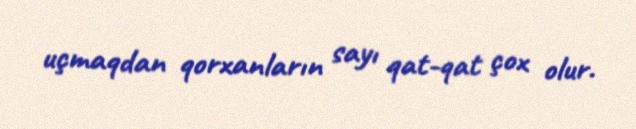
uçmaqdan qorxanların sayı qat-qat çox olur.